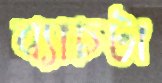
ব্যাচটা